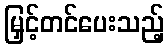
မြှင့်တင်ပေးသည့်